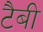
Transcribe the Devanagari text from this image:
टैबी